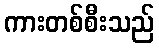
ကားတစ်စီးသည်